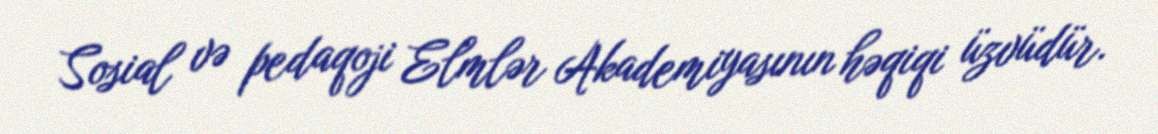
Sosial və pedaqoji Elmlər Akademiyasının həqiqi üzvüdür.